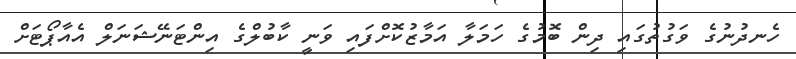
ހެނދުނުގެ ވަގުތުގައި ދިން ބޮމުގެ ހަމަލާ އަމާޒުކޮށްފައި ވަނީ ކާބުލްގެ އިންޓަނޭޝަނަލް އެއާޕޯޓަށް